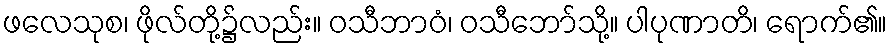
ဖလေသုစ၊ ဖိုလ်တို့၌လည်း။ ဝသီဘာဝံ၊ ဝသီဘော်သို့။ ပါပုဏာတိ၊ ရောက်၏။